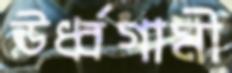
ঊর্ধ্বগামী